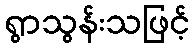
ရွာသွန်းသဖြင့်